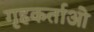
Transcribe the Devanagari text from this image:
गृहकर्ताओ